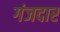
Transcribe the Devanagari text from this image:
गंजदार